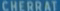
CHERRAT